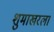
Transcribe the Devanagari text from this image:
शुमाखरला